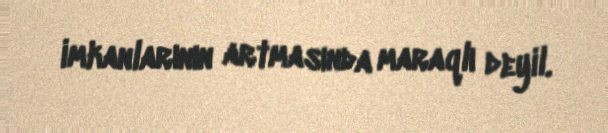
imkanlarının artmasında maraqlı deyil.